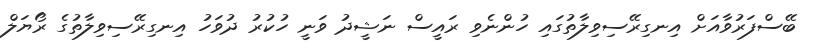
ބޭސްފަރުވާއަށް އިނގިރޭސިވިލާތުގައި ހުންނެވި ރައީސް ނަޝީދު ވަނީ ހުކުރު ދުވަހު އިނގިރޭސިވިލާތުގެ ރޯޔަލް